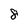
Character: 8